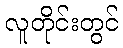
လူတိုင်းတွင်